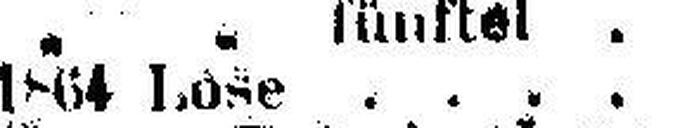
1864 Lose